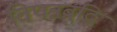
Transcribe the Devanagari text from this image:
विपन्नबुद्धि